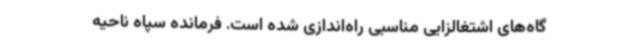
گاه‌های اشتغالزایی مناسبی راه‌اندازی شده است. فرمانده سپاه ناحیه